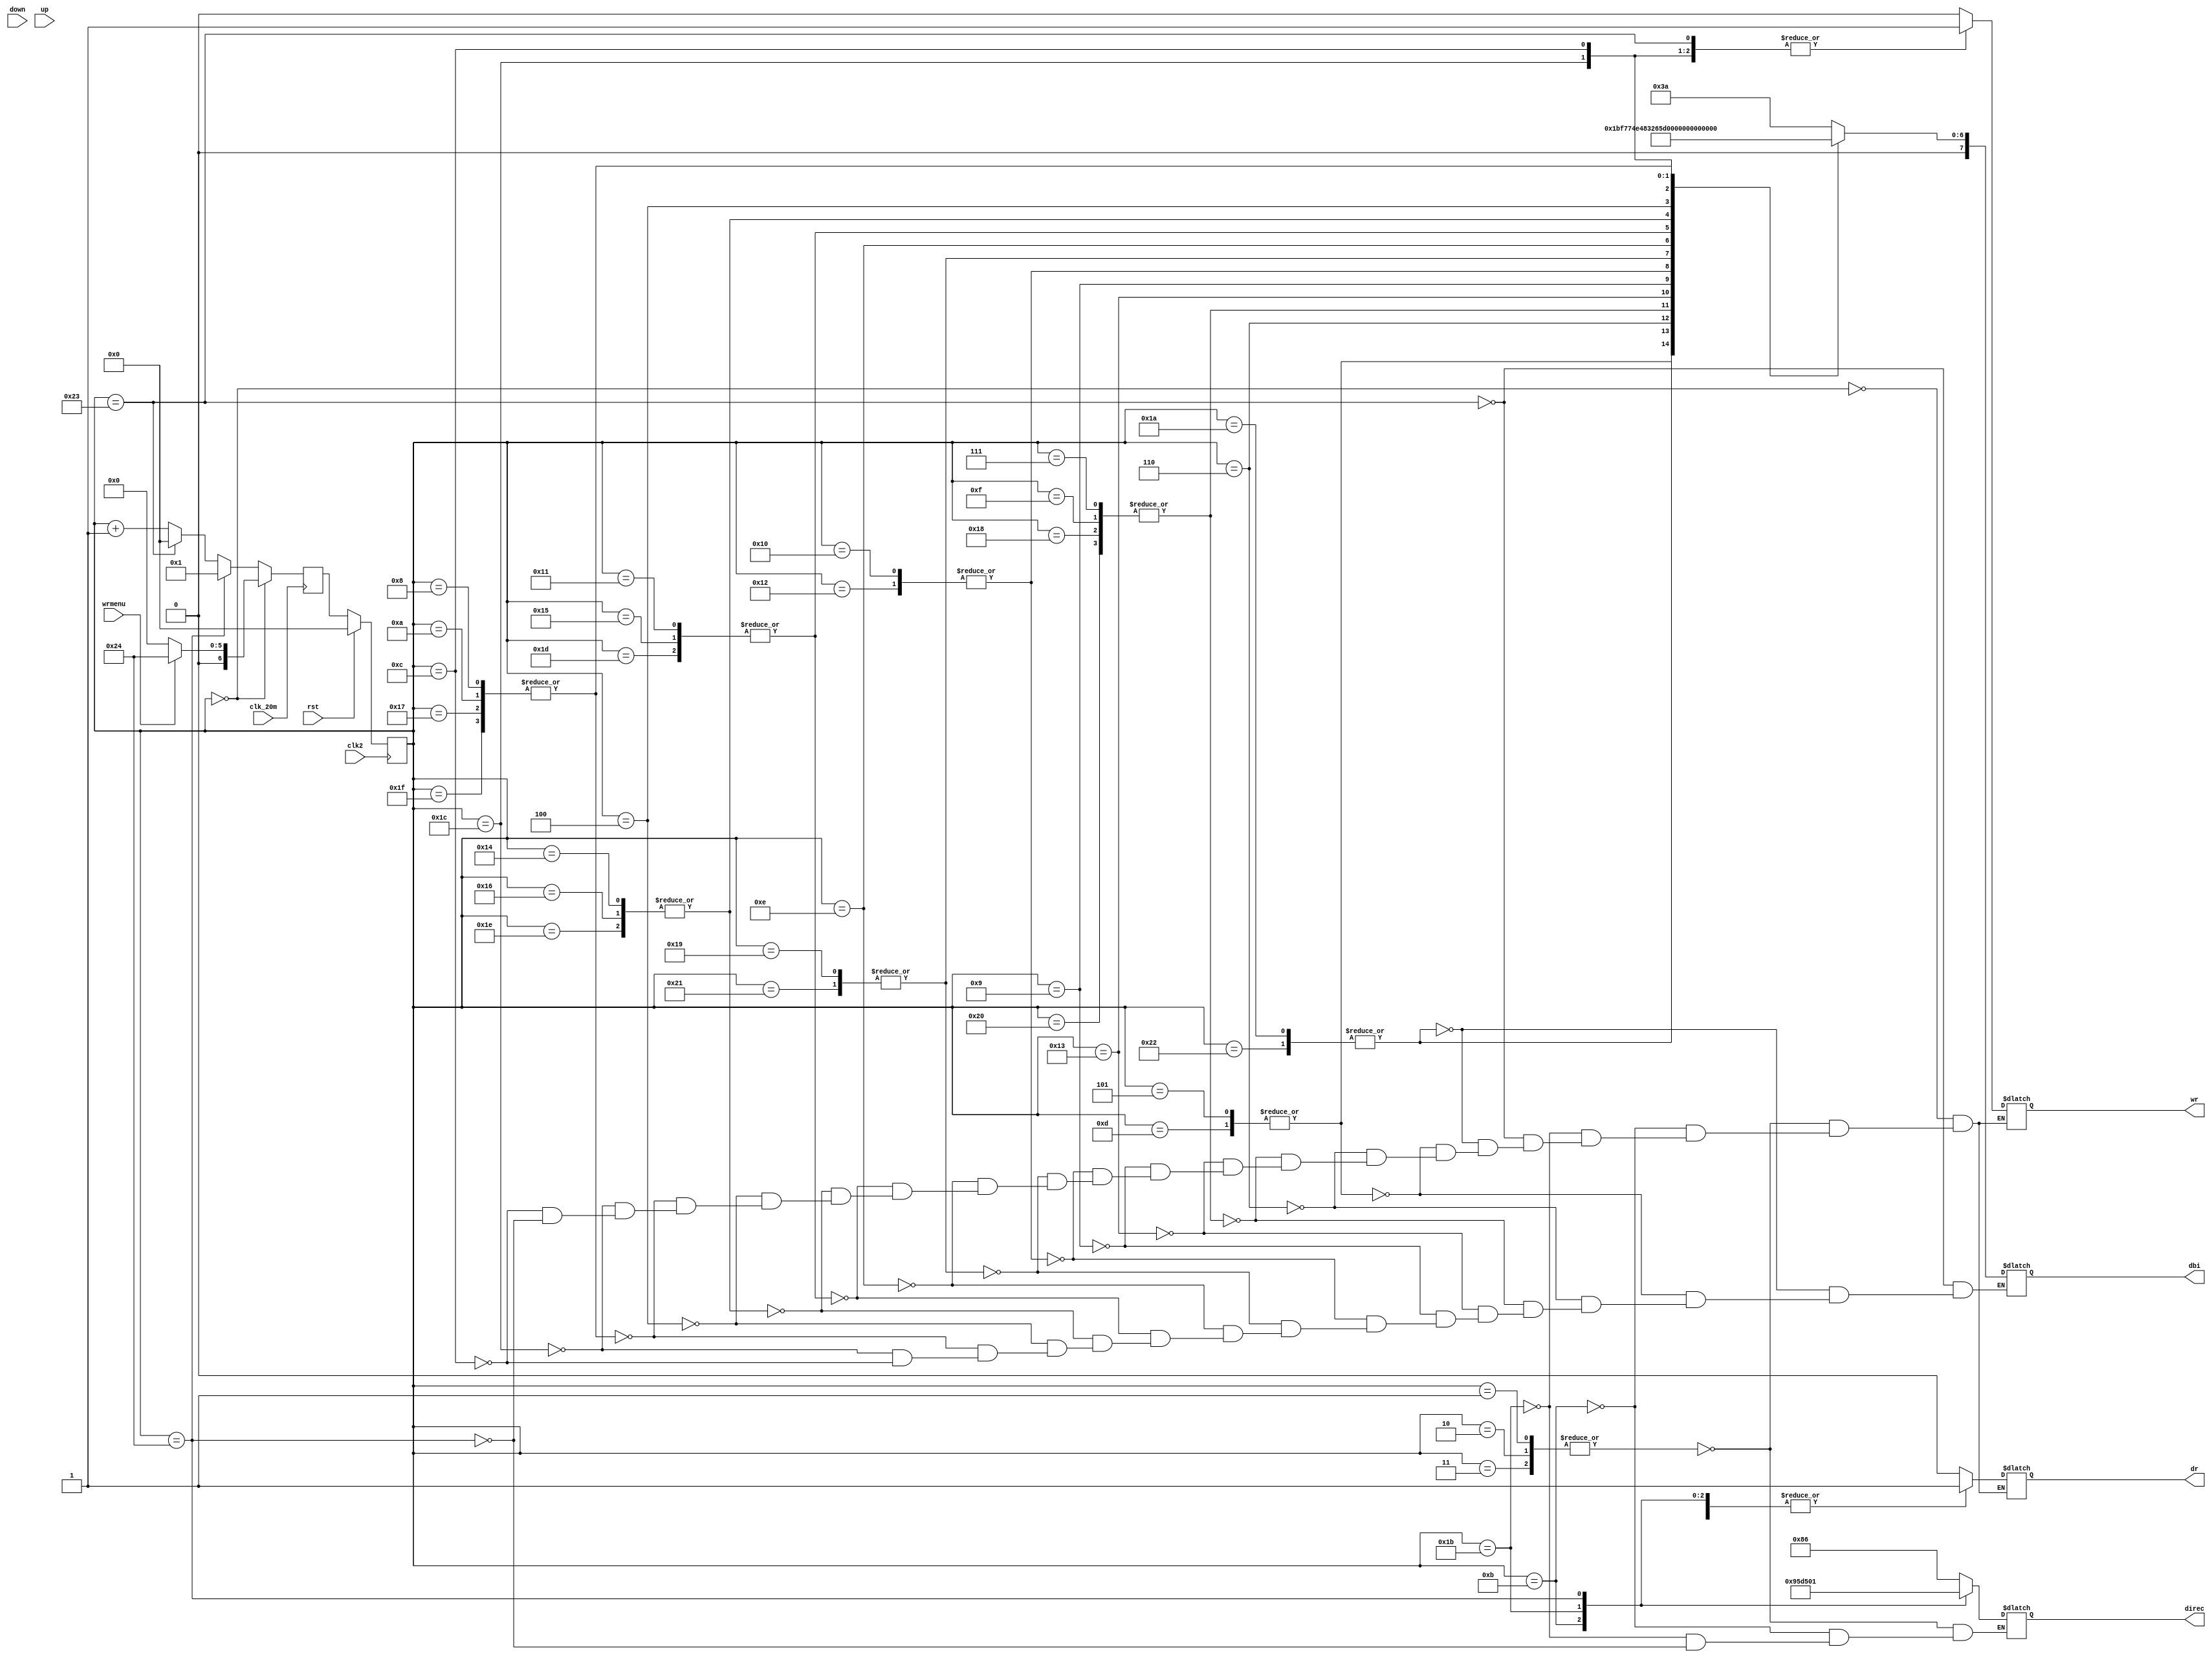
module menu_entrada_0( 
	input rst,
	input clk2,
	input clk_20m,
	input wrmenu,
	input down,
	input up,
	output reg[7:0] dbi,
	output reg wr,
	output reg dr,
	output reg [7:0] direc
	);
	
	initial wr = 0;
	reg [1:0] pag = 0;
	reg [6:0] estado = 0;
	reg [6:0] nestado = 0;

	parameter stay = 0;

	parameter dr1 = 1;
	parameter dr10 = 2;
	parameter dr11 = 3;

	parameter E11 = 4;
	parameter n11 = 5;
	parameter t11 = 6;
	parameter r11 = 7;
	parameter a11 = 8;
	parameter d11 = 9;
	parameter a12 = 10;

	parameter dr3 = 11;

	parameter I21 = 12;
	parameter n21 = 13;
	parameter g21 = 14;
	parameter r21 = 15;
	parameter e21 = 16;
	parameter s21 = 17;
	parameter e22 = 18;
	parameter espace21 = 19;
	parameter u21 = 20;
	parameter s22 = 21;
	parameter u22 = 22;
	parameter a21 = 23;
	parameter r22 = 24;
	parameter i21 = 25;
	parameter o21 = 26;

	parameter dr4 = 27;

	parameter U31 = 28;
	parameter s31 = 29;
	parameter u31 = 30;
	parameter a31 = 31;
	parameter r31 = 32;
	parameter i31 = 33;
	parameter o31 = 34;
	parameter dospuntos31 = 35;

	parameter erase = 36;
			
	always@( negedge clk_20m ) //Logica de estado siguiente
	begin
	
	if( estado == stay)
	begin
	    if( wrmenu)
	    begin
	        nestado = erase;
	    end
	    else
	    begin
		nestado = stay;
	    end
	end 

	else if( estado == erase ) nestado = dr1;	

	else if( estado == dospuntos31) nestado = stay;

	else nestado = estado + 1;	

	end

	always@( posedge clk2 ) //Reset opcional, Actualizacion de estados
	begin

	if( rst ) estado = stay;
	else estado = nestado;

	end

	always@( estado ) //Memoria de estados
	begin
	
	case( estado )

	stay:
	begin 
	    wr = 0;
	    dr = 0;
	end
	
	dr1, dr10, dr11:
	begin
	    direc = 8'b10000110;
	    wr = 0;
	    dr = 1;
	end

	dr3:
	begin
	    direc = 8'b10010101;
	    wr = 0;
	    dr = 1;
	end

	dr4:
	begin
	    direc = 8'b11010101;
	    wr = 0;
	    dr = 1;
	end

	dospuntos31:		begin	dbi = 8'd58;	wr = 1;	dr = 0;	end
	o21, o31:		begin	dbi = 8'd111;	wr = 1;	dr = 0;	end
	n11, n21:		begin	dbi = 8'd110;	wr = 1;	dr = 0;	end
	t11:			begin	dbi = 8'd116;	wr = 1;	dr = 0;	end
	r11, r21, r22, r31:	begin	dbi = 8'd114;	wr = 1;	dr = 0;	end
	espace21:		begin	dbi = 8'd32;	wr = 1;	dr = 0;	end
	d11:			begin	dbi = 8'd100;	wr = 1;	dr = 0;	end
	e21, e22:		begin	dbi = 8'd101;	wr = 1;	dr = 0;	end
	i21, i31:		begin	dbi = 8'd105;	wr = 1;	dr = 0;	end
	g21:			begin	dbi = 8'd103;	wr = 1;	dr = 0;	end
	s21, s22, s31:		begin	dbi = 8'd115;	wr = 1;	dr = 0;	end
	u21, u22, u31:		begin	dbi = 8'd117;	wr = 1;	dr = 0;	end
	E11:			begin	dbi = 8'd69;	wr = 1;	dr = 0;	end
	a11, a12, a21, a31:	begin	dbi = 8'd97;	wr = 1;	dr = 0;	end
	U31:			begin	dbi = 8'd85;	wr = 1;	dr = 0;	end
	I21:			begin	dbi = 8'd73;	wr = 1;	dr = 0;	end

	erase:
	begin
	    direc = 8'b00000001;
	    wr = 0;
	    dr = 1;
	end	

	endcase
	end

endmodule